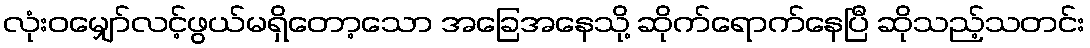
လုံးဝမျှော်လင့်ဖွယ်မရှိတော့သော အခြေအနေသို့ ဆိုက်ရောက်နေပြီ ဆိုသည့်သတင်း